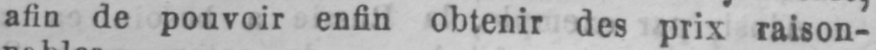
afin de pouvoir enfin obtenir des prix raison-